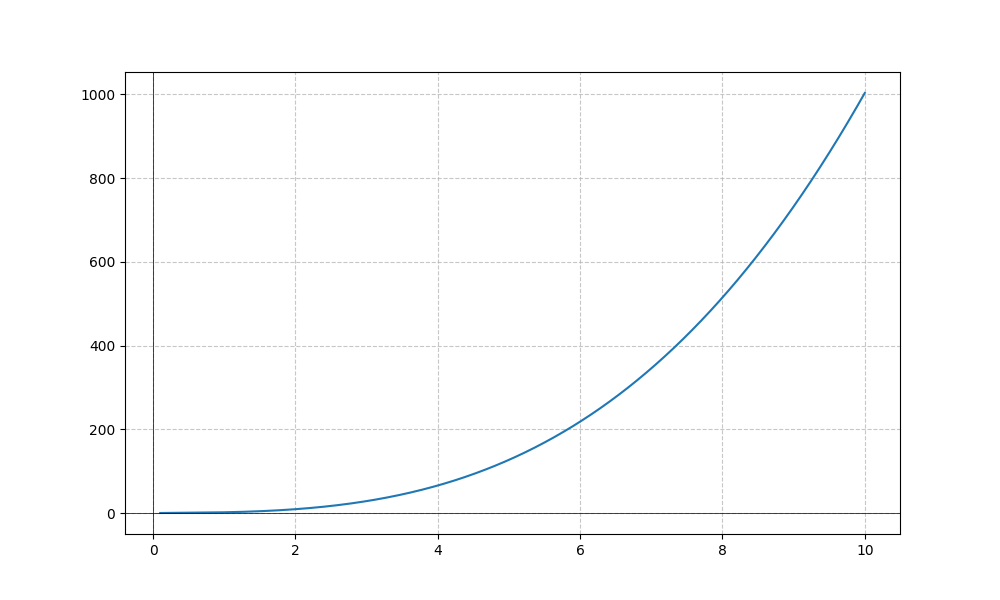
LaTeX formula: \sqrt{x} + x^{3}